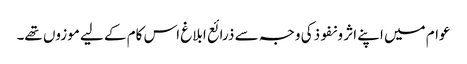
عوام میں اپنے اثر و نفوذکی وجہ سے ذرائع ابلاغ اس کام کے لیے موزوں تھے۔